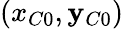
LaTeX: (x_{C0},\mathbf{y}_{C0})